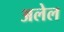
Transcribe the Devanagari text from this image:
अलेल